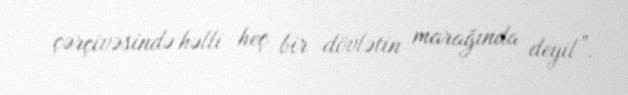
çərçivəsində həlli heç bir dövlətin marağında deyil”.